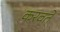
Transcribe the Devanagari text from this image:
करवते